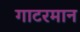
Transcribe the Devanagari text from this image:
गाटरमान